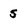
Character: 5